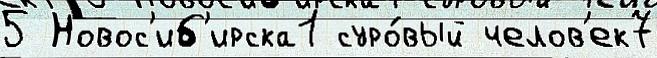
5 Новос'иб'ирска1 суро́вый челов'ек7